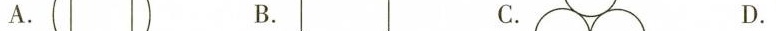
A. B. C. D.